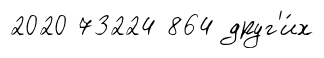
2020 73224 864 друг'и́х